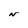
Character: N